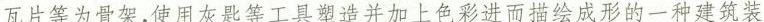
瓦片等为骨架，使用灰匙等工具邀造并加上色彩进而拮绘成形的一种建筑装